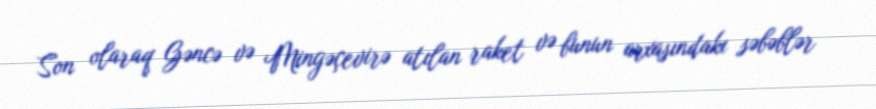
Son olaraq Gəncə və Mingəçevirə atılan raket və bunun arxasındakı səbəblər